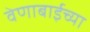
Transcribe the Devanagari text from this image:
वेणाबाईच्या